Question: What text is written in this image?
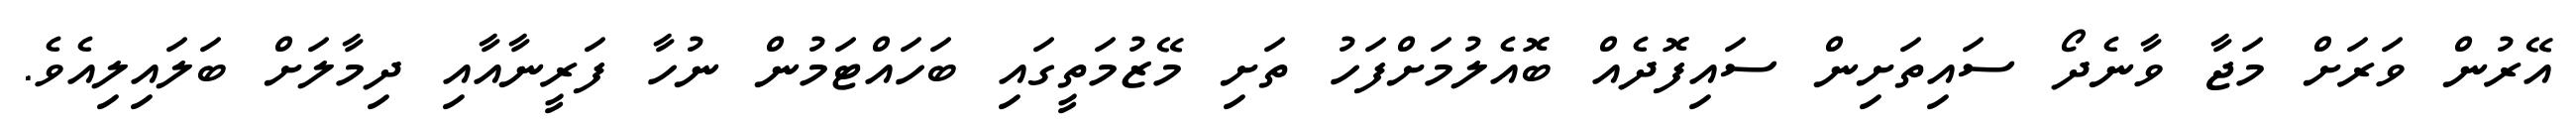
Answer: އޭރުން ވަރަށް މަޖާ ވާނެދޯ ސައިތަށިން ސައިފޮދެއް ބޮއެލުމަށްފަހު ތަށި މޭޒުމަތީގައި ބަހައްޓަމުން ނުހާ ފަރީނާއާއި ދިމާލަށް ބަލައިލިއެވެ.